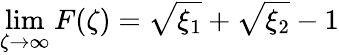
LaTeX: \operatorname*{lim}_{\zeta\rightarrow\infty}F(\zeta)=\sqrt{\xi_{1}}+\sqrt{\xi_{2}}-1